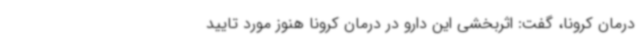
درمان کرونا، گفت: اثربخشی این دارو در درمان کرونا هنوز مورد تایید